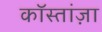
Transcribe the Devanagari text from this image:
कॉस्तांज़ा